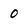
Character: 0